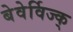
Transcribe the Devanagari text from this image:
बेवेर्विज्क्